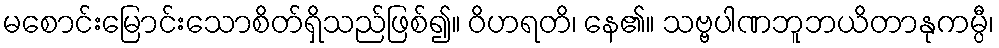
မစောင်းမြောင်းသောစိတ်ရှိသည်ဖြစ်၍။ ဝိဟရတိ၊ နေ၏။ သဗ္ဗပါဏဘူဘယိတာနုကမ္ပီ၊